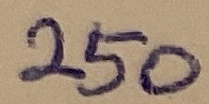
Text: 250